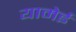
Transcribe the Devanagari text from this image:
यामेई